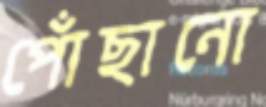
পোঁছানো